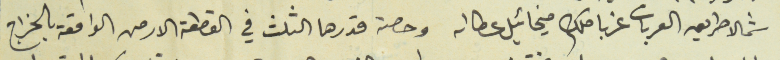
شمالا طريق العربات غربا ملك ميخائيل عطالله وحصة قدبها الثلث في القطعة الارص الواقعة بالخراج